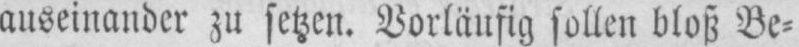
auseinander zu setzen. Vorläufig sollen bloß Be⸗